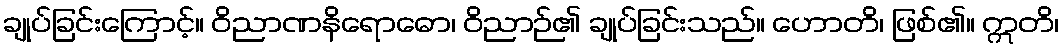
ချုပ်ခြင်းကြောင့်။ ဝိညာဏနိရောဓော၊ ဝိညာဉ်၏ ချုပ်ခြင်းသည်။ ဟောတိ၊ ဖြစ်၏။ ဣတိ၊